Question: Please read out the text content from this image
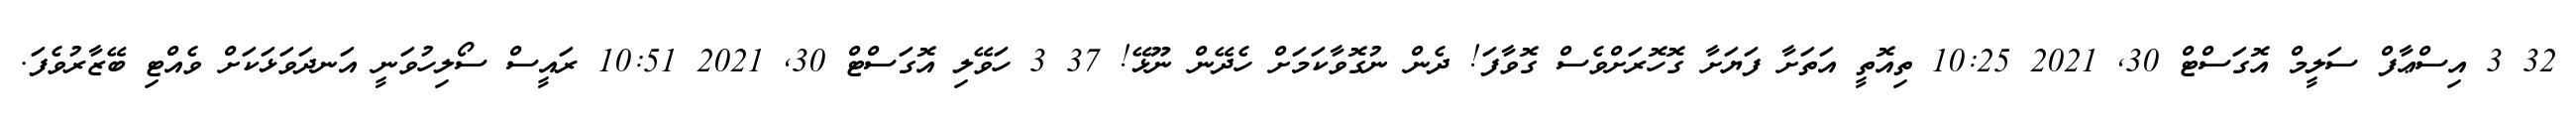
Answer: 32 3 އިސްޢާފް ސަލީމް އޮގަސްޓް 30, 2021 10:25 ތިއޮތީ އަތަށާ ފަޔަށާ ގޮހޮރަށްވެސް ގޮވާފަ! ދެން ނުގޮވާކަމަށް ހެދޭން ނޫޅޭ! 37 3 ހަވޭލި އޮގަސްޓް 30, 2021 10:51 ރައީސް ސޯލިހުވަނީ އަނދަވަޅަކަށް ވެއްޓި ބޭޒާރުވެފަ.